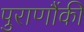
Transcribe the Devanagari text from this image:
पुराणौंकी